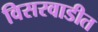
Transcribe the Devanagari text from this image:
विसरवाडीत